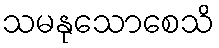
သမနုသောစေသိ